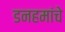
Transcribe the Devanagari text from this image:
डनहमांचे